Report of an investigation into the causes of the diseases known in Assam as Kála-Azár and Beri-Beri
Disease focus: Beri-Beri
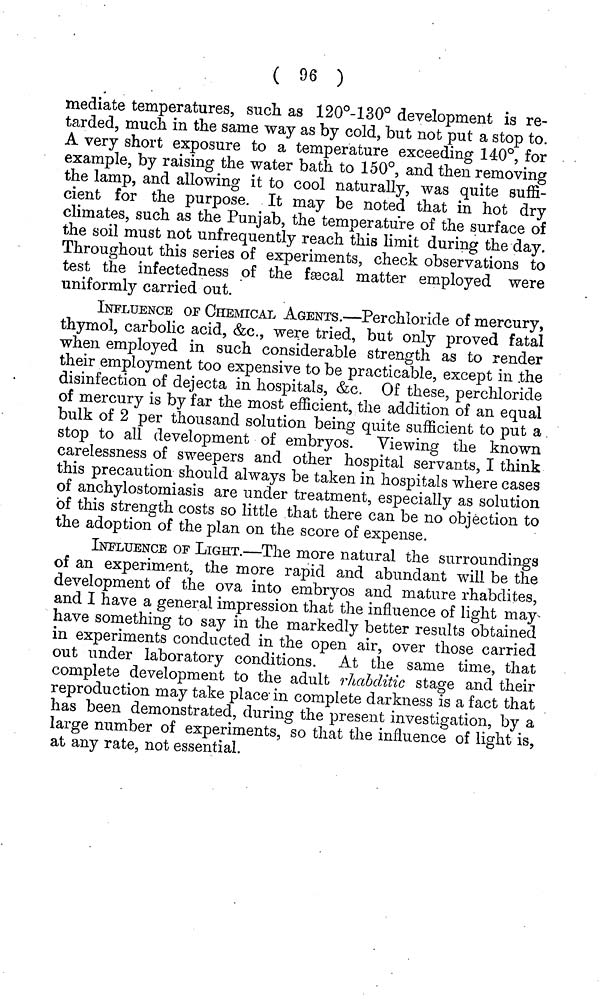
( 96 )
mediate temperatures, such as 120°-130° development is re-
tarded, much in the same way as by cold, but not put a stop to.
A very short exposure to a temperature exceeding 140°, for
example, by raising the water bath to 150°, and then removing
the lamp, and allowing it to cool naturally, was quite suffi-
cient for the purpose. It may be noted that in hot dry
climates, such as the Punjab, the temperature of the surface of
the soil must not unfrequently reach this limit during the day.
Throughout this series of experiments, check observations to
test the infectedness of the fseeal matter employed were
uniformly carried out.
INFLUENCE OF CHEMICAL AGENTS.—Perchloride of mercury,
thymol, carbolic acid, &c., were tried, but only proved fatal
when employed in such considerable strength as to render
their employment too expensive to be practicable, except in .the
disinfection of dejecta in hospitals, &c. Of these, per chloride
of mercury is by far the most efficient, the addition of an equal
bulk of 2 per thousand solution being quite sufficient to put a
stop to all development of embryos. Viewing the known
carelessness of sweepers and other hospital servants, I think
this precaution should always be taken in hospitals where cases
of anchylostomiasis are under treatment, especially as solution
of this strength costs so little that there can be no objection to
the adoption of the plan on the score of expense.
INFLUENCE OF LIGHT.—The more natural the surroundings
of an experiment, the more rapid and abundant will be the
development of the ova into embryos and mature rhabclites,
and I have a general impression that the influence of light may
have something to say in the markedly better results obtained
in experiments conducted in the open air, over those carried
out under laboratory conditions. At the same time, that
complete development to the adult rhabditic stage and their
reproduction may take place- in complete darkness is a fact that
has been demonstrated, during the present investigation, by a
large number of experiments, so that the influence of light is,
at any rate, not essential.